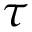
\tau